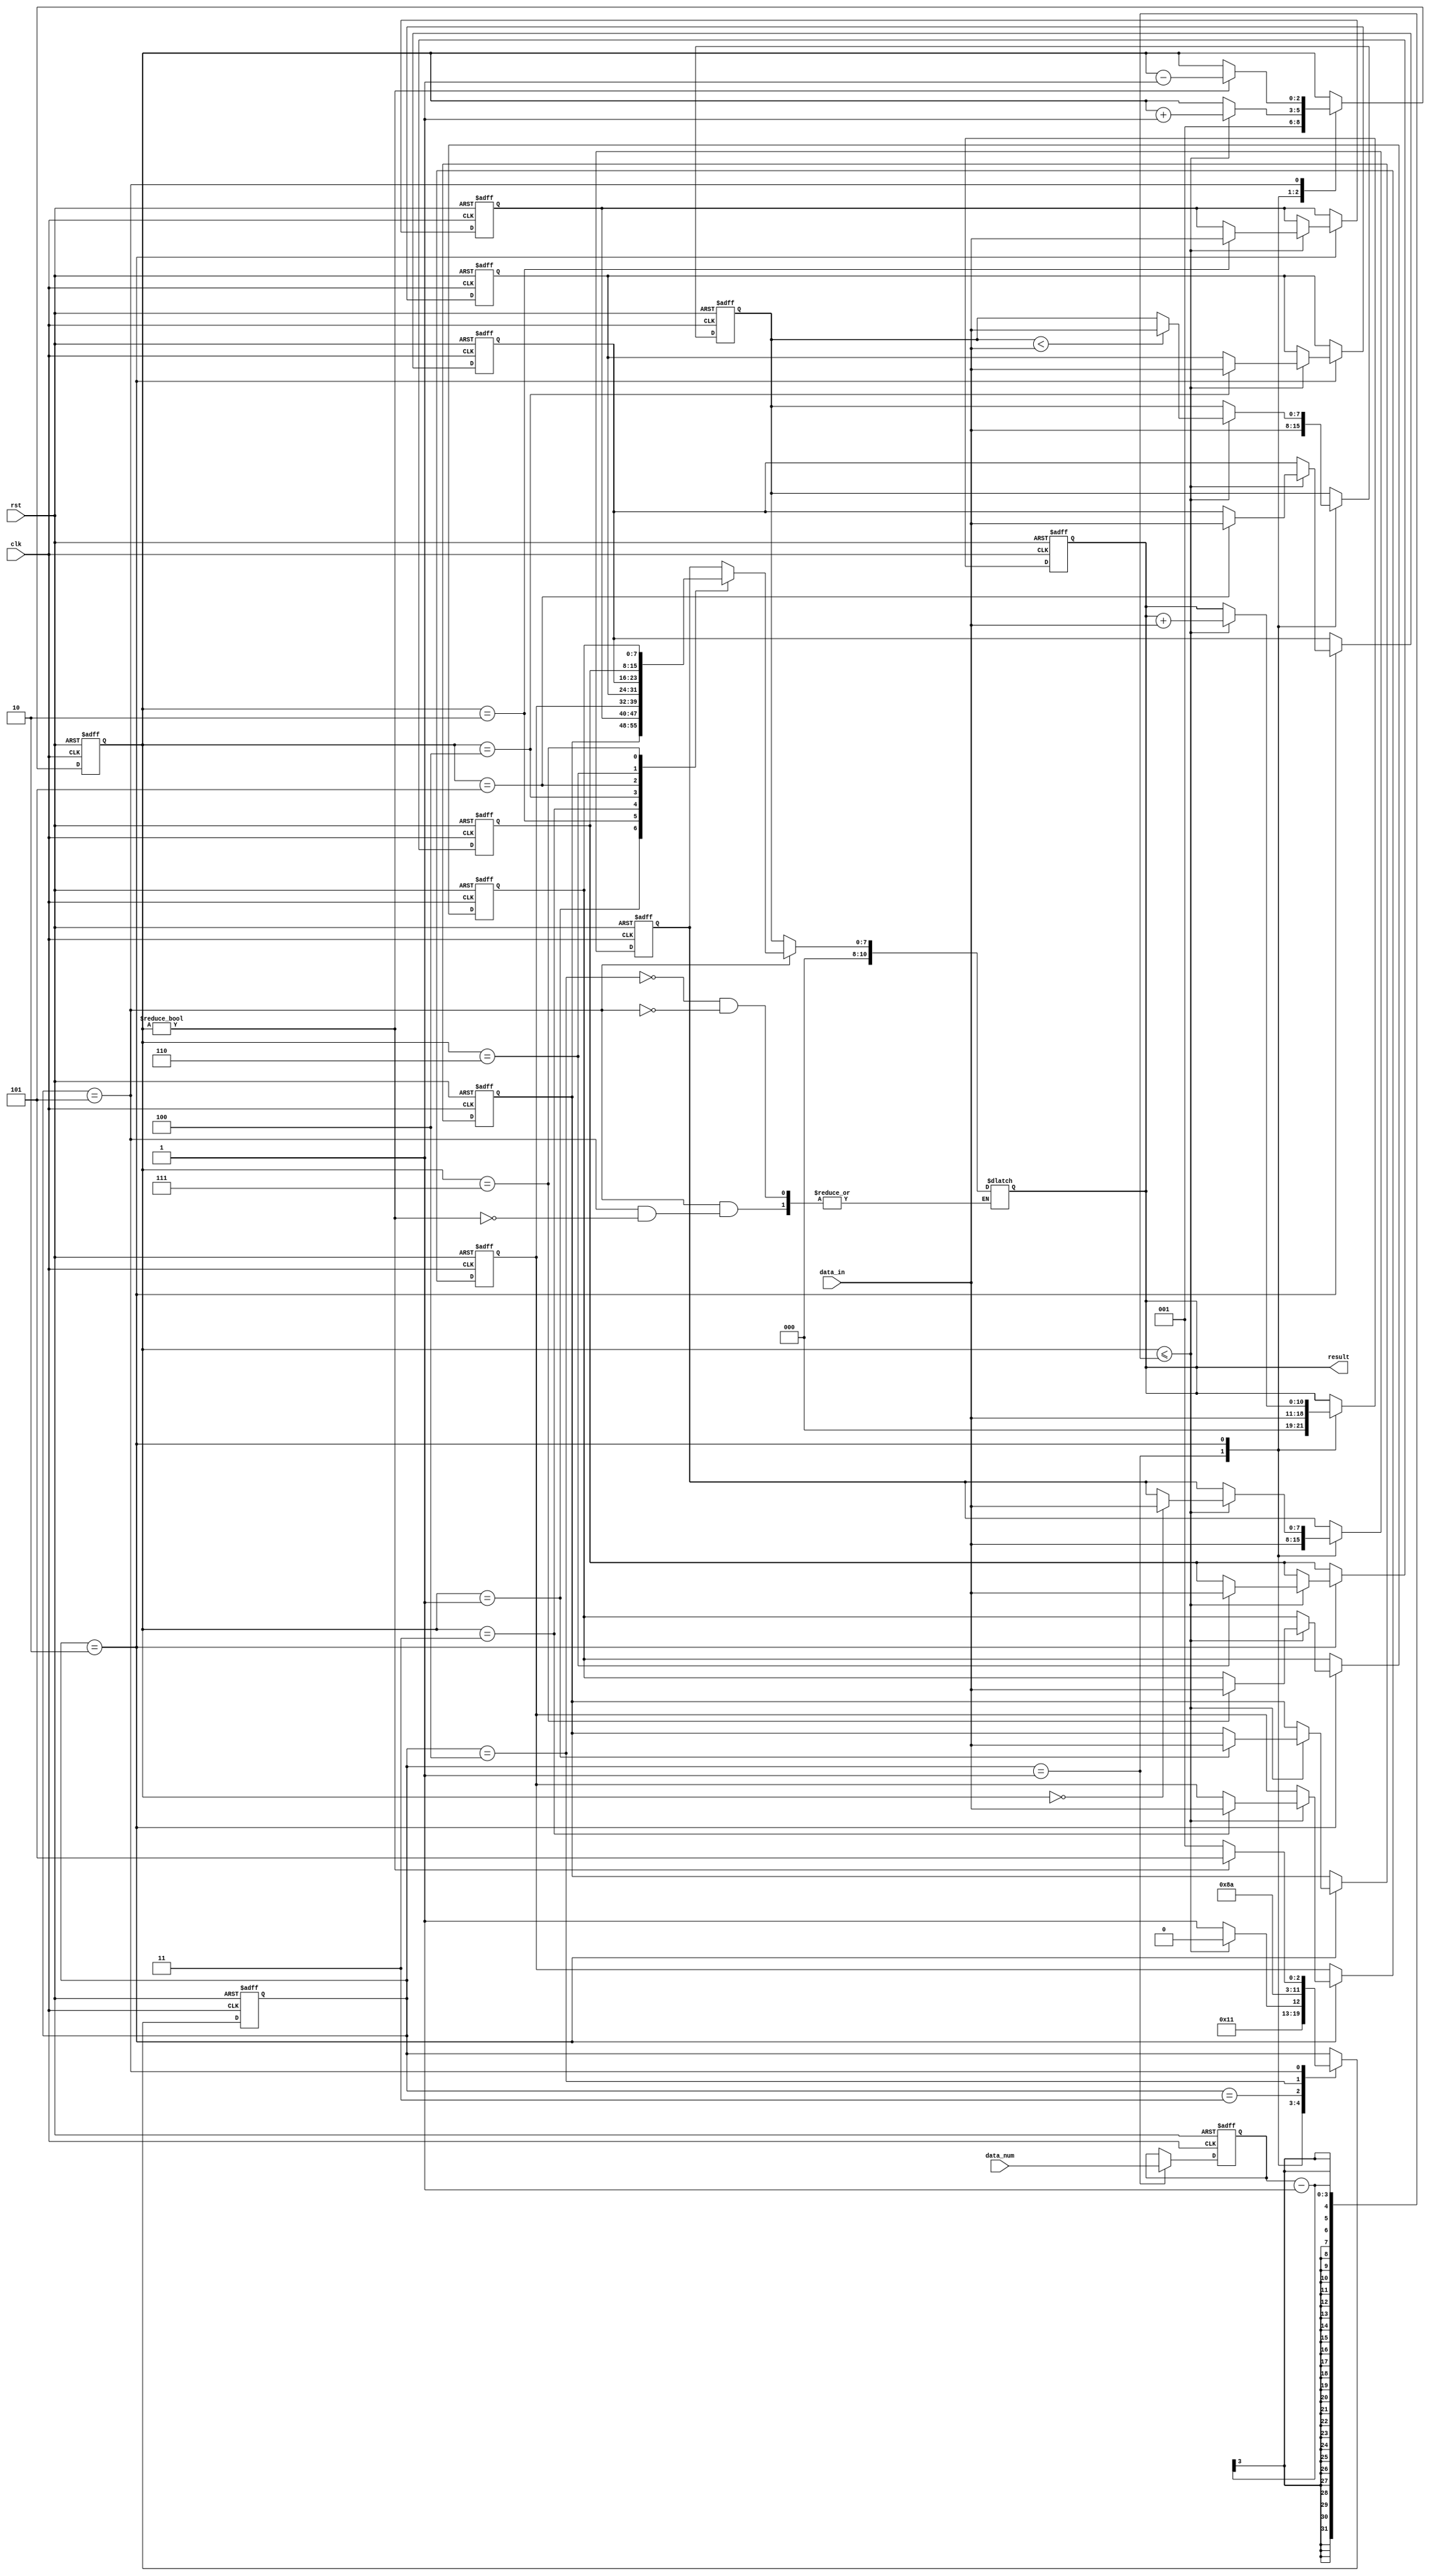
module BOE(clk, rst, data_num, data_in, result);
input clk;
input rst;
input [2:0] data_num;
input [7:0] data_in;
output reg [10:0] result;

reg [2:0] num,count,countdata;
reg [3:0] state;
reg [7:0] dataa [7:0];
reg [7:0] min;

always@(posedge clk or posedge rst)
begin
      if(rst)begin
          num <=0;
          count <=0;
          countdata <=0;
          state<=1;
          result<=0;
          dataa[0]<=0;
          dataa[1]<=0;
          dataa[2]<=0;
          dataa[3]<=0;
          dataa[4]<=0;
          dataa[5]<=0;
          dataa[6]<=0;
          dataa[7]<=0;
          min<=0;
      end
      else if(clk)
      begin
        case(state)
          1:begin
            num <= data_num;
            dataa[0] <= data_in;
            result <= data_in;
            state <= 2;
            min <= data_in;
            count <=1;
          end
          2:begin
            if(count<=num-1)begin
            dataa[count] <= data_in;
            result <= result + data_in;
            count <= count + 1;
            state <= 2;
                if(min<data_in)
                  begin
                    min <= data_in;
                  end
                else begin  
                    min <= min; 
                  end  
            end
            else begin
            state <= 3;
            end
          end
          3:
          begin 
            state <= 4;
          end
          4:
          begin 
            state <= 5;
          end
          5:
          begin 
            if(count!=0)begin
            count <= count - 1;
            state <= 5;
            end
            else begin
            state <= 1;
            end 
          end
          default:
          begin end
    endcase
      end
end

always@(*)
begin
    case(state)
          1,2:begin
          end
          3:begin
            end
          4:begin 
          result = min; 
          end
          5:  
          begin 
            if(count!=0)begin
            result = dataa[count];
            end
            else begin
            end 
          end
      default:begin end
    endcase
end
endmodule